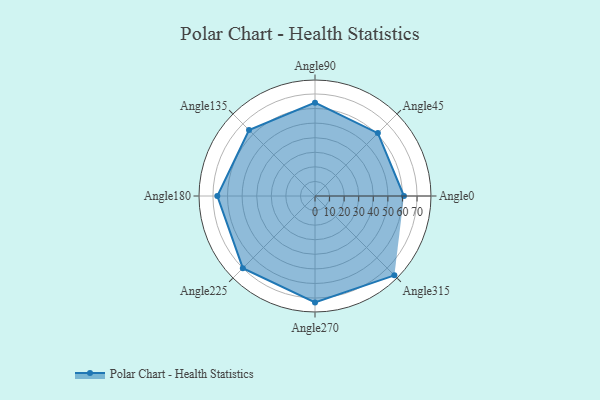
{"axis": {"x": "Angle", "y": "Radius"}, "legend": [""], "data": [{"x": "Angle0", "y": 61.0, "type": ""}, {"x": "Angle45", "y": 61.0, "type": ""}, {"x": "Angle90", "y": 64.0, "type": ""}, {"x": "Angle135", "y": 64.0, "type": ""}, {"x": "Angle180", "y": 67.0, "type": ""}, {"x": "Angle225", "y": 70.0, "type": ""}, {"x": "Angle270", "y": 73.0, "type": ""}, {"x": "Angle315", "y": 77.0, "type": ""}]}